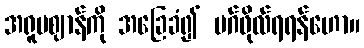
အရူပဈာန်ကို အခြေခံ၍ မဂ်ဖိုလ်ရရန်ဟော။